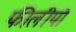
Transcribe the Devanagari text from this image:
फीलीपो